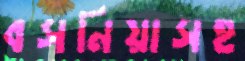
বসনিয়াসহ